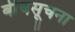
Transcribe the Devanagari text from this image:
बीचसूचना